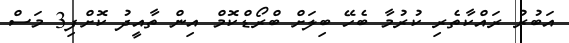
އަބުރު ރައްކާތެރި ކުރުމާ ބެހޭ ބިލަށް ބްރޯޑްކޮމް އިން ތާއީދު ކޮށްފި3 މަސް